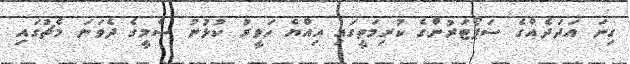
ގިނަ އަދަދެއްގެ ސަޕޯޓަރުންގެ ކުރިމަތީގައި އިއްޔެ ހަވީރު ކުޅުނު ސެމީގެ ދެވަނަ މެޗުގައި